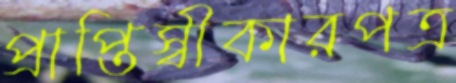
প্রাপ্তিস্বীকারপত্র